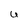
Character: U